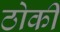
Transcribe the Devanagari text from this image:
ठोकी